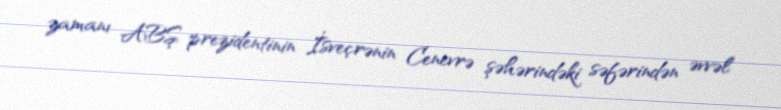
zamanı ABŞ prezidentinin İsveçrənin Cenevrə şəhərindəki səfərindən əvvəl